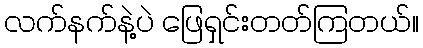
လက်နက်နဲ့ပဲ ဖြေရှင်းတတ်ကြတယ်။